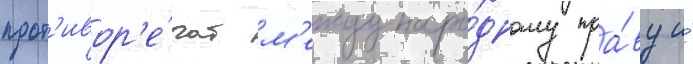
прот'ивор'е́чат м'еждунаро́дному пра́ву и́